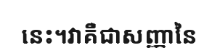
នេះ។វាគឺជាសញ្ញានៃ